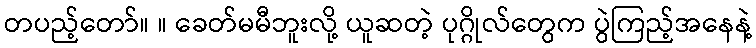
တပည့်တော်။ ။ ခေတ်မမီဘူးလို့ ယူဆတဲ့ ပုဂ္ဂိုလ်တွေက ပွဲကြည့်အနေနဲ့